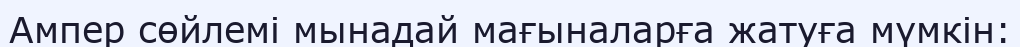
Ампер сөйлемі мынадай мағыналарға жатуға мүмкін: